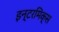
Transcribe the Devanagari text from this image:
इन्टरमिक्स